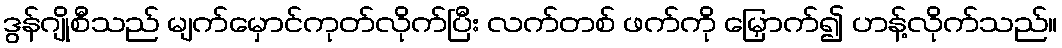
ဒွန်ဂျိုစီသည် မျက်မှောင်ကုတ်လိုက်ပြီး လက်တစ် ဖက်ကို မြှောက်၍ ဟန့်လိုက်သည်။